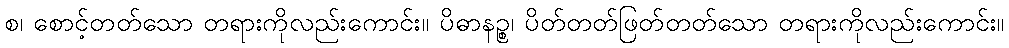
စ၊ စောင့်တတ်သော တရားကိုလည်းကောင်း။ ပိဓာနဉ္စ၊ ပိတ်တတ်ဖြတ်တတ်သော တရားကိုလည်းကောင်း။